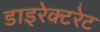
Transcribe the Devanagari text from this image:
डाइरेक्टरेट